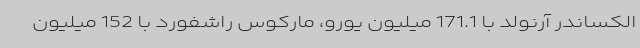
الکساندر آرنولد با 171.1 میلیون یورو، مارکوس راشفورد با 152 میلیون